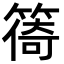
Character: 𥰧